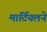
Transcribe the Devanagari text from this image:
मार्टियलने